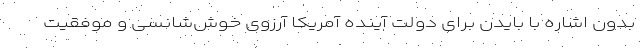
بدون اشاره با بایدن برای دولت آینده آمریکا آرزوی خوش‌شانسی و موفقیت